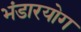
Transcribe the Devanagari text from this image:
भंडारयोग